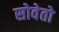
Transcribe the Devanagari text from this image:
सोवेतो